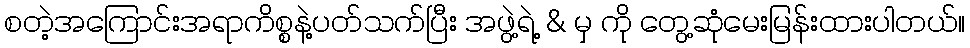
စတဲ့အကြောင်းအရာကိစ္စနဲ့ပတ်သက်ပြီး အဖွဲ့ရဲ့ & မှ ကို တွေ့ဆုံမေးမြန်းထားပါတယ်။